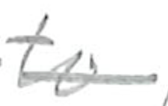
Text: to
Cross-out: mix
Writing tool: pencil